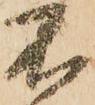
不